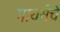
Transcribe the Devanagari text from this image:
मायर्सचे